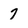
Character: 7